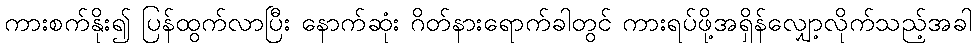
ကားစက်နိုး၍ ပြန်ထွက်လာပြီး နောက်ဆုံး ဂိတ်နားရောက်ခါတွင် ကားရပ်ဖို့အရှိန်လျှော့လိုက်သည့်အခါ